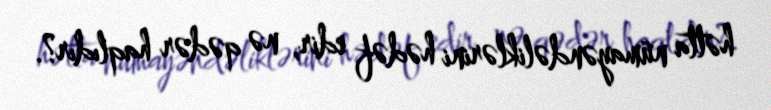
hətta nümayəndəliklərini hədəf edir, nə qədər haqlıdır?.